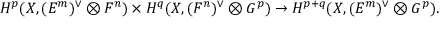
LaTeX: H ^ { p } ( X , ( E ^ { m } ) ^ { \vee } \otimes F ^ { n } ) \times H ^ { q } ( X , ( F ^ { n } ) ^ { \vee } \otimes G ^ { p } ) \to H ^ { p + q } ( X , ( E ^ { m } ) ^ { \vee } \otimes G ^ { p } ) .